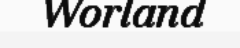
Worland